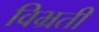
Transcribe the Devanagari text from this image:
विभ्रती